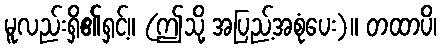
မူလည်းရှိ၏ရှင့်။ (ဤသို့ အပြည့်အစုံပေး)။ တထာပိ၊